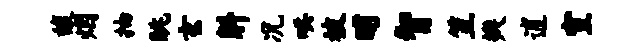
馥烟抽眺玄斛况哄被晡智笠瓣逋室